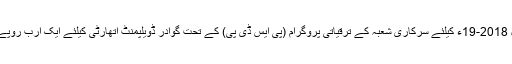
27 اپریل2018ء) آئندہ مالی سال 2018-19ء کیلئے سرکاری شعبہ کے ترقیاتی پروگرام (پی ایس ڈی پی) کے تحت گوادر ڈویلپمنٹ اتھارٹی کیلئے ایک ارب روپے کے فنڈز مختص کئے گئے ہیں۔